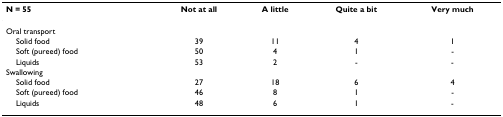
<table><thead><tr><td><b>N = 55</b></td><td><b>Not at all</b></td><td><b>A little</b></td><td><b>Quite a bit</b></td><td><b>Very much</b></td></tr></thead><tbody><tr><td>Oral transport</td><td></td><td></td><td></td><td></td></tr><tr><td> Solid food</td><td>39</td><td>11</td><td>4</td><td>1</td></tr><tr><td> Soft (pureed) food</td><td>50</td><td>4</td><td>1</td><td>-</td></tr><tr><td> Liquids</td><td>53</td><td>2</td><td>-</td><td>-</td></tr><tr><td>Swallowing</td><td></td><td></td><td></td><td></td></tr><tr><td> Solid food</td><td>27</td><td>18</td><td>6</td><td>4</td></tr><tr><td> Soft (pureed) food</td><td>46</td><td>8</td><td>1</td><td>-</td></tr><tr><td> Liquids</td><td>48</td><td>6</td><td>1</td><td>-</td></tr></tbody></table>